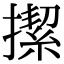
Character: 𢴲